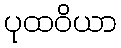
ပုထဝိယာ